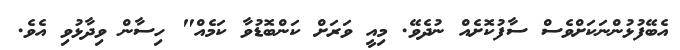
އެބޭފުޅުންނަކަށްވެސް ސާފުކޮށެއް ނުދެވޭ. މިއީ ވަރަށް ކަންބޮޑުވާ ކަމެއް" ހިސާން ވިދާޅުވި އެވެ.